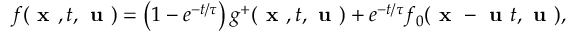
f ( \textbf { x } , t , \textbf { u } ) = \left( 1 - e ^ { - t / \tau } \right) g ^ { + } ( \textbf { x } , t , \textbf { u } ) + e ^ { - t / \tau } f _ { 0 } ( \textbf { x } - \textbf { u } t , \textbf { u } ) ,